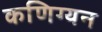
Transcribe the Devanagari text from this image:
कणिग्यन